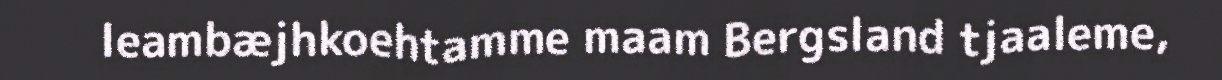
leambæjhkoehtamme maam Bergsland tjaaleme,